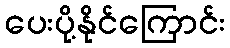
ပေးပို့နိုင်ကြောင်း